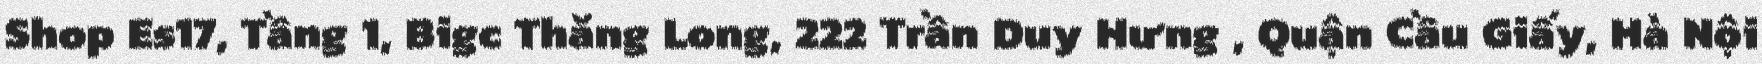
Shop Es17, Tầng 1, Bigc Thăng Long, 222 Trần Duy Hưng , Quận Cầu Giấy, Hà Nội